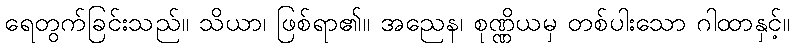
ရေတွက်ခြင်းသည်။ သိယာ၊ ဖြစ်ရာ၏။ အညေန၊ စုဏ္ဏိယမှ တစ်ပါးသော ဂါထာနှင့်။